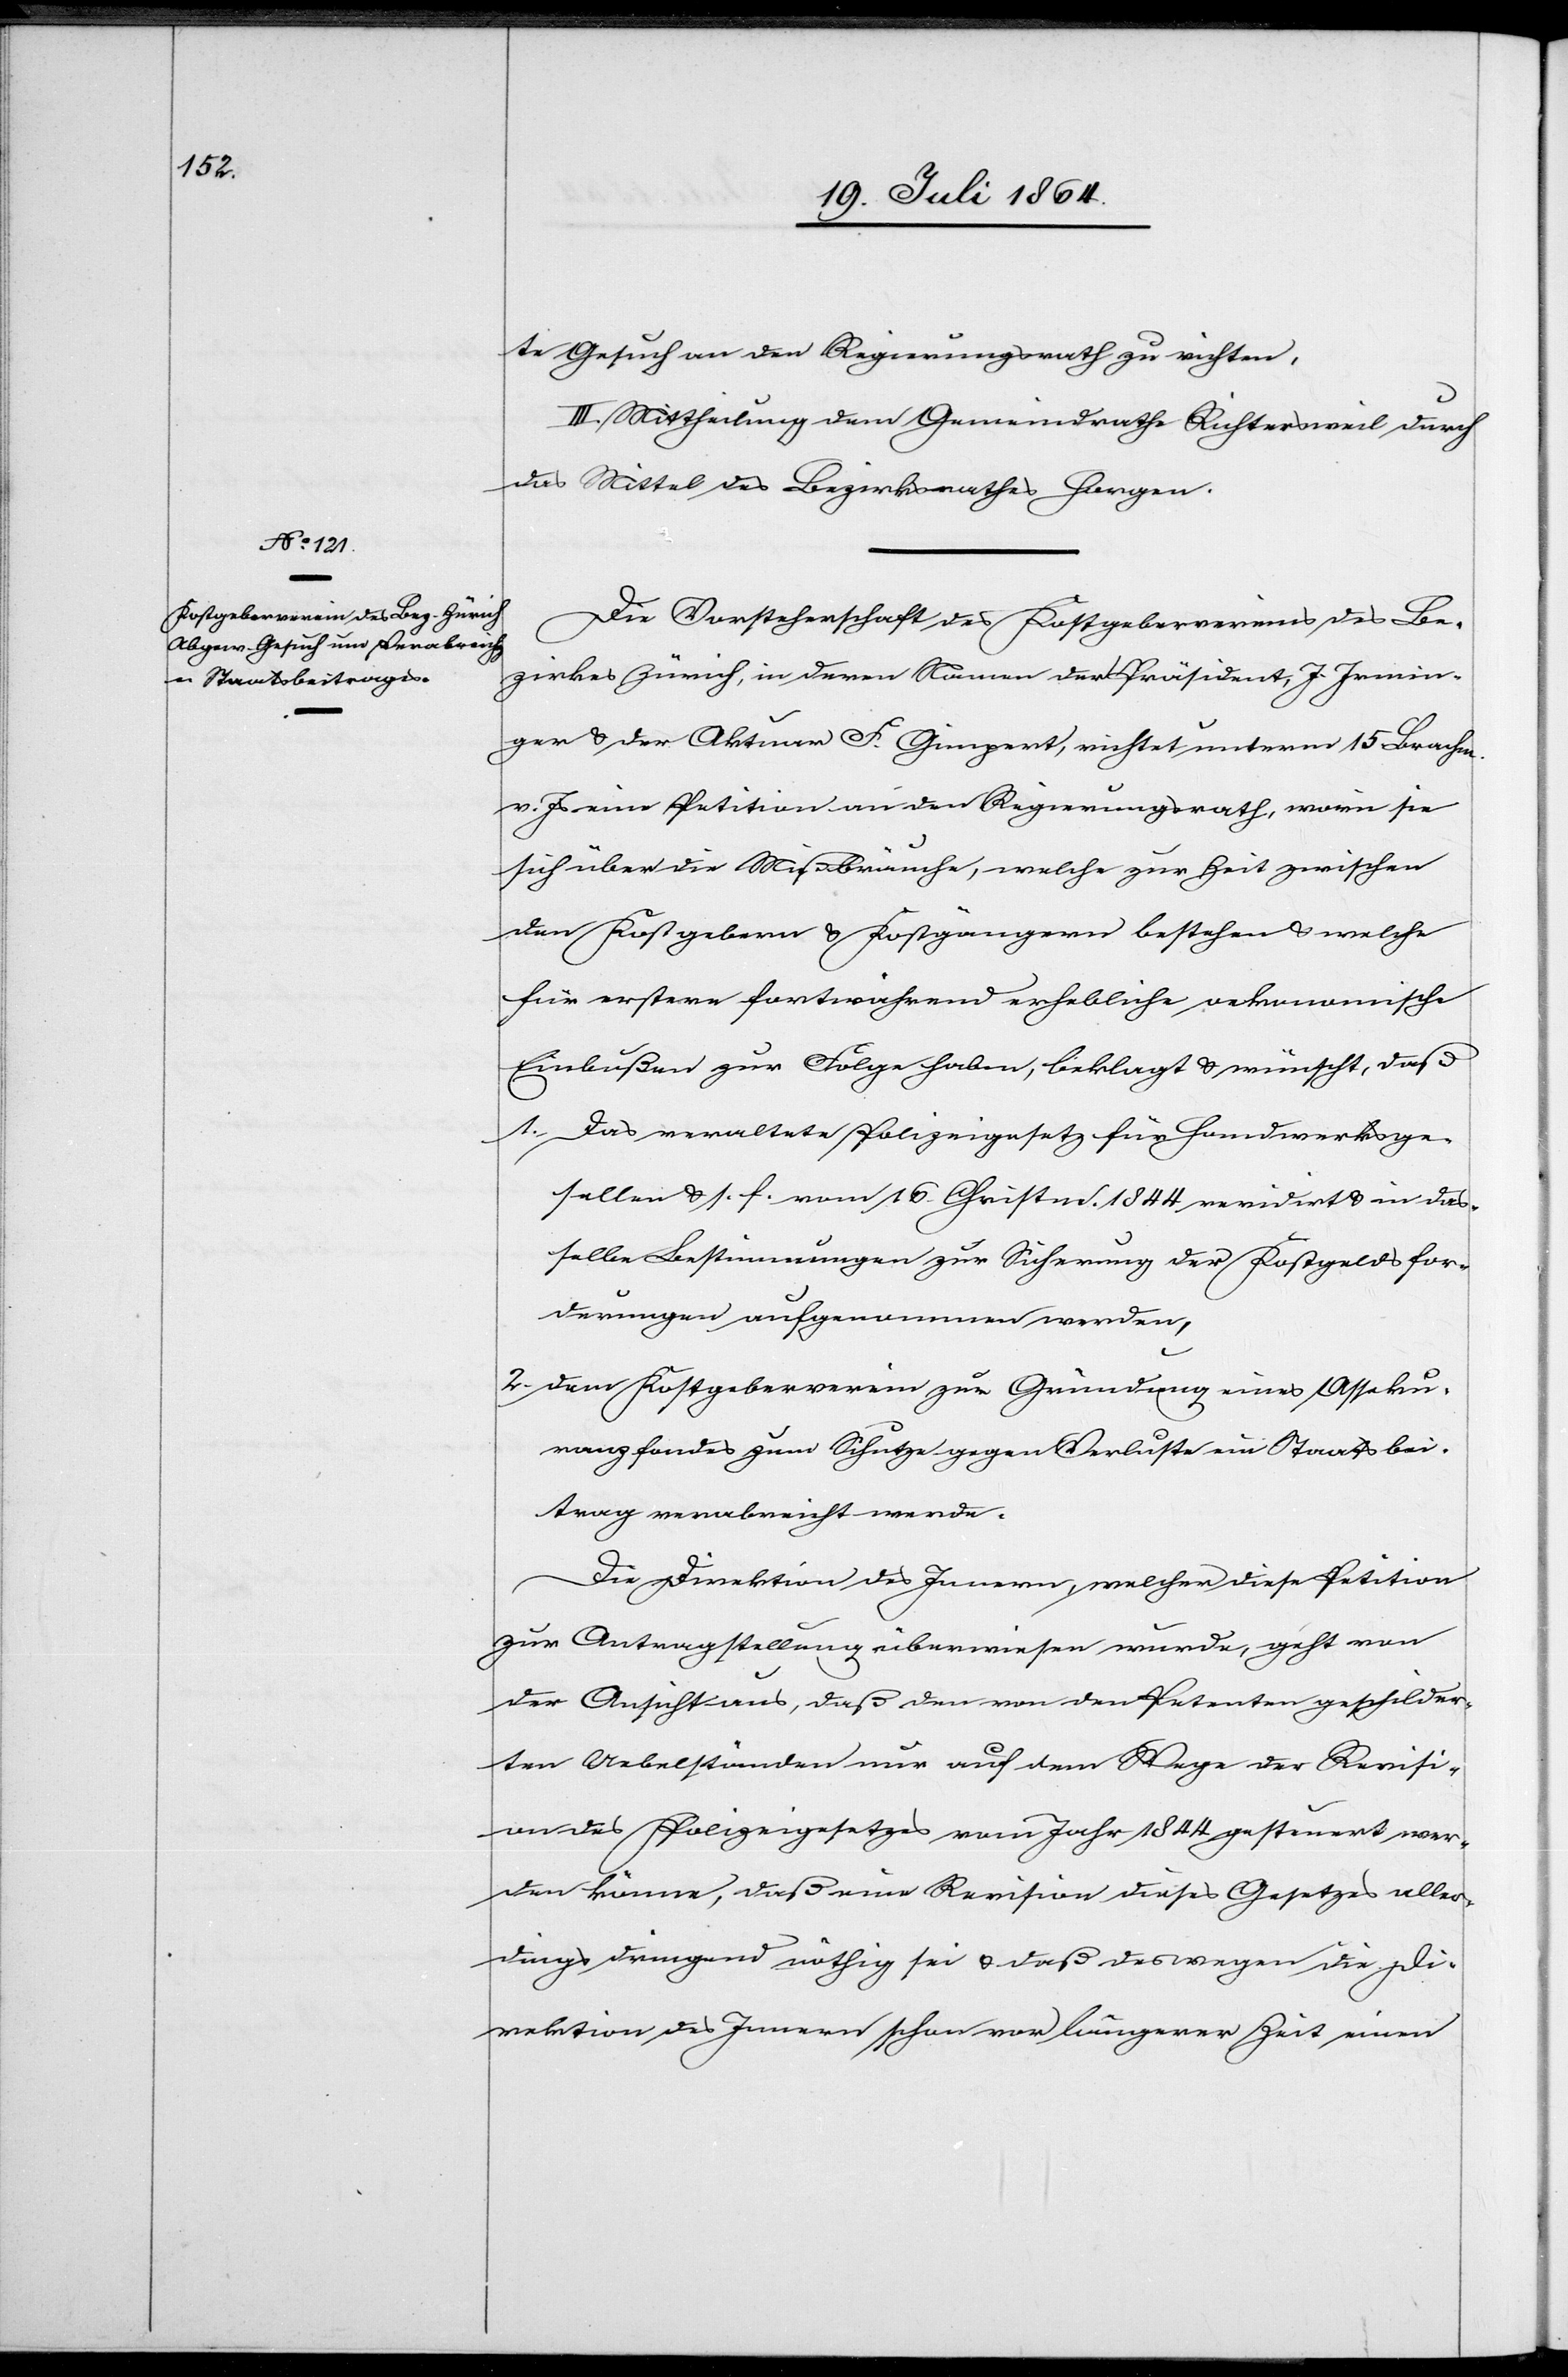
te Gesuch an den Regierungsrath zu richten,
III. Mittheilung dem Gemeindrathe Richtersweil durch
das Mittel des Bezirksrathes Horgen.
Die Vorsteherschaft des Kostgebervereins des Be¬
zirkes Zürich, in deren Namen der Präsident, J. Irmin¬
ger u. der Aktuar F. Gimpert, richtet unterm 15 Brachm.
v. Js. eine Petition an den Regierungsrath, worin sie
sich über die Mißbräuche, welche zur Zeit zwischen
den Kostgebern u. Kostgängern bestehen u. welche
für erstere fortwährend erhebliche oekonomische
Einbußen zur Folge haben, beklagt u. wünscht, daß
1. Das veraltete Polizeigesetz für Handwerksge¬
sellen u. s. f. vom 16. Christm. 1844 revidirt u. in das¬
selbe Bestimmungen zur Sicherung der Kostgeldsfor¬
derungen aufgenommen werden,
2. Dem Kostgeberverein zur Gründung eines Asseku¬
ranzfondes zum Schutze gegen Verluste ein Staatsbei¬
trag verabreicht werde.
Die Direktion des Innern, welcher diese Petition
zur Antragstellung überwiesen wurde, geht von
der Ansicht aus, daß den von den Petenten geschilder¬
ten Uebelständen nur auf dem Wege der Revisi¬
on des Polizeigesetzes vom Jahr 1844 gesteuert wer¬
den könne, daß eine Revision dieses Gesetzes aller¬
dings dringend nöthig sei u. daß deswegen die Di¬
rektion des Innern schon vor längerer Zeit einen